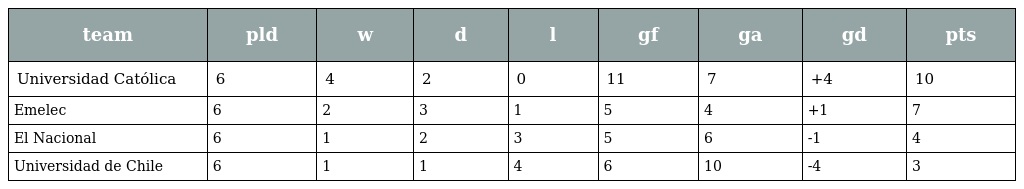
| team | pld | w | d | l | gf | ga | gd | pts |
 | --- | --- | --- | --- | --- | --- | --- | --- | --- |
 | Universidad Católica | 6 | 4 | 2 | 0 | 11 | 7 | +4 | 10 |
 | Emelec | 6 | 2 | 3 | 1 | 5 | 4 | +1 | 7 |
 | El Nacional | 6 | 1 | 2 | 3 | 5 | 6 | -1 | 4 |
 | Universidad de Chile | 6 | 1 | 1 | 4 | 6 | 10 | -4 | 3 |